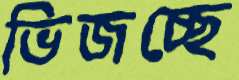
ভিজচ্ছে